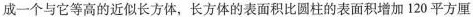
成一个与它等高的近似长方体，长方体的表面积比圆柱的表面积增加120平方厘